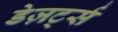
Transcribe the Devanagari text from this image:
डेज़र्ट्स